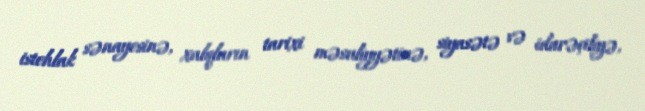
istehlak sənayesinə, xalqların tarixi məsuliyyətinə, siyasətə və idarəçiliyə,